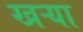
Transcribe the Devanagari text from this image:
खऱ्या